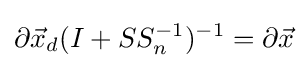
\partial {\vec {x}}_{d}(I+SS_{n}^{-1})^{-1}=\partial {\vec {x}}